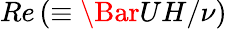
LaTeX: Re\left(\equiv\Bar{U}H/\nu\right)